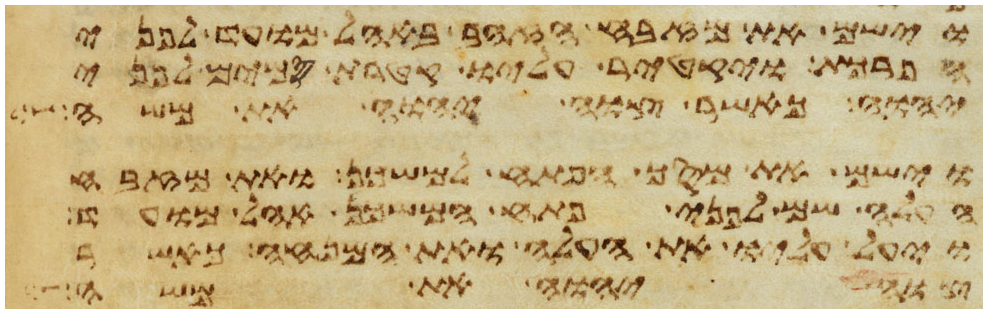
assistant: וישם את מזבח הזהב באהל מועד לפני
הפרכת ויקטר עליו קטרת סמים לפני
יהוה כאשר צוה יהוה את משה
וישם את מסך הפתח למשכן ואת מזבח
העלה שם לפני פתח המשכן אהל מועד
ויעל עליו את העלה ואת המנחה כאשר
צוה יהוה אתו